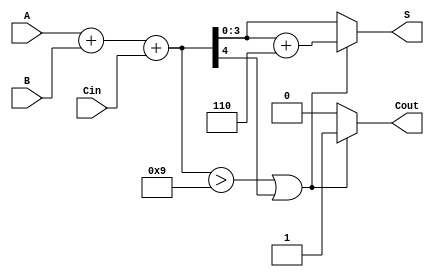
module BCD_Ripple_Carry_Adder (
    input  [3:0] A,      // BCD input A
    input  [3:0] B,      // BCD input B
    input        Cin,     // Carry input
    output reg [3:0] S,   // BCD sum output
    output reg Cout       // Carry output
);

    wire [4:0] sum;       // 5-bit sum to accommodate carry
    wire correction;       // Correction flag

    // Calculate the initial binary sum
    assign sum = A + B + Cin;

    // Determine if correction is needed
    assign correction = (sum > 9) || (sum[4]); // Check if sum exceeds 9 or if there's a carry out

    always @(*) begin
        if (correction) begin
            // Apply BCD correction by adding 6 (0110)
            S = sum + 5'b00110; // Add 6 to correct the BCD
            Cout = 1;           // Set carry out
        end else begin
            S = sum[3:0];       // No correction needed, take lower 4 bits
            Cout = 0;           // No carry out
        end
    end

endmodule